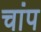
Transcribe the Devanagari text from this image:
चांप